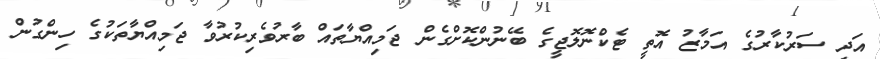
އަދި ސަރުކާރުގެ އަމާޒު އޮތީ ޓެކްނޮލޮޖީގެ ބޭނުންކޮށްގެން ޖަމިއްޔާތައް ބާރުވެރިކުރުވާ ޖަމިއްޔާތަކުގެ ހިންގުން